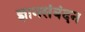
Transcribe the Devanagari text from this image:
ज्ञानसंबंदन